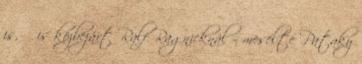
is, ő is közbejárt Ralf Ragnicknál – mesélte Pataky